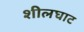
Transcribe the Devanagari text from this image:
शीलघाट